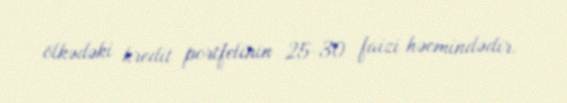
ölkədəki kredit portfelinin 25-30 faizi həcmindədir.